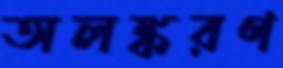
অলঙ্করণ